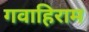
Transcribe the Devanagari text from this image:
गवाहिराम